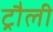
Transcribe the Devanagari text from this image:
ट्रौली